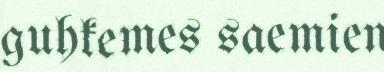
guhkemes saemien